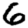
Digit: 6